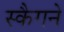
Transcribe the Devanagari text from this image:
स्कैगने